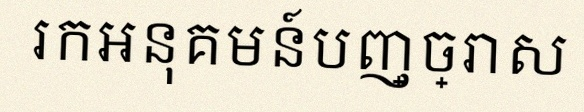
រកអនុគមន៍បញ្ច្រាស